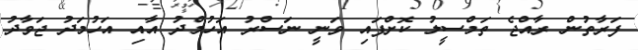
ފަރާތުން ރާއްޖެ ތަމްސީލު ކޮށްފައި ވަނީ ނަސްރު އަހުމްދު އާއި އަހުމަދު ޖަވާދު